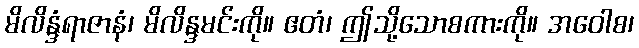
မိလိန္ဒံရာဇာနံ၊ မိလိန္ဒမင်းကို။ ဧတံ၊ ဤသို့သောစကားကို။ အဝေါစ၊